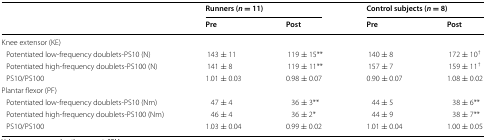
<table><thead><tr><td rowspan="2"></td><td colspan="2"><b>Runners (<i>n</i> = 11)</b></td><td colspan="2"><b>Control subjects (<i>n</i> = 8)</b></td></tr><tr><td><b>Pre</b></td><td><b>Post</b></td><td><b>Pre</b></td><td><b>Post</b></td></tr></thead><tbody><tr><td colspan="5">Knee extensor (KE)</td></tr><tr><td> Potentiated low-frequency doublets-PS10 (N)</td><td>143 ± 11</td><td>119 ± 15**</td><td>140 ± 8</td><td>172 ± 10<sup>†</sup></td></tr><tr><td> Potentiated high-frequency doublets-PS100 (N)</td><td>141 ± 8</td><td>119 ± 11**</td><td>157 ± 7</td><td>159 ± 11<sup>†</sup></td></tr><tr><td> PS10/PS100</td><td>1.01 ± 0.03</td><td>0.98 ± 0.07</td><td>0.90 ± 0.07</td><td>1.08 ± 0.02</td></tr><tr><td colspan="5">Plantar flexor (PF)</td></tr><tr><td> Potentiated low-frequency doublets-PS10 (Nm)</td><td>47 ± 4</td><td>36 ± 3**</td><td>44 ± 5</td><td>38 ± 6**</td></tr><tr><td> Potentiated high-frequency doublets-PS100 (Nm)</td><td>46 ± 4</td><td>36 ± 2*</td><td>44 ± 9</td><td>38 ± 7**</td></tr><tr><td> PS10/PS100</td><td>1.03 ± 0.04</td><td>0.99 ± 0.02</td><td>1.01 ± 0.04</td><td>1.00 ± 0.05</td></tr></tbody></table>